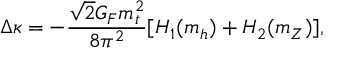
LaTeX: \Delta \kappa = - \frac { \sqrt { 2 } G _ { F } m _ { t } ^ { 2 } } { 8 \pi ^ { 2 } } [ H _ { 1 } ( m _ { h } ) + H _ { 2 } ( m _ { Z } ) ] ,